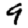
Digit: 9